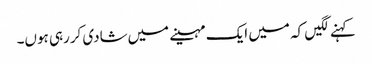
کہنے لگیں کہ میں ایک مہینے میں‌شادی کررہی ہوں۔